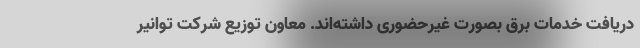
دریافت خدمات برق بصورت غیرحضوری داشته‌اند. معاون توزیع شرکت توانیر